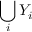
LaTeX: \bigcup _ { i } Y _ { i }